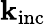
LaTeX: \mathbf{k}_{\mathrm{inc}}